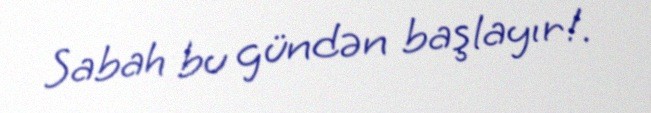
Sabah bu gündən başlayır!.